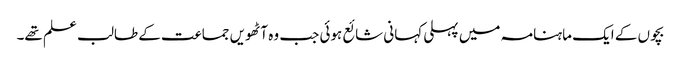
بچوں کے ایک ماہنامہ میں پہلی کہانی شائع ہوئی جب وہ آٹھویں جماعت کے طالب علم تھے۔